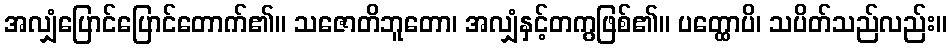
အလျှံပြောင်ပြောင်တောက်၏။ သဇောတိဘူတော၊ အလျှံနှင့်တကွဖြစ်၏။ ပတ္ထောပိ၊ သပိတ်သည်လည်း။